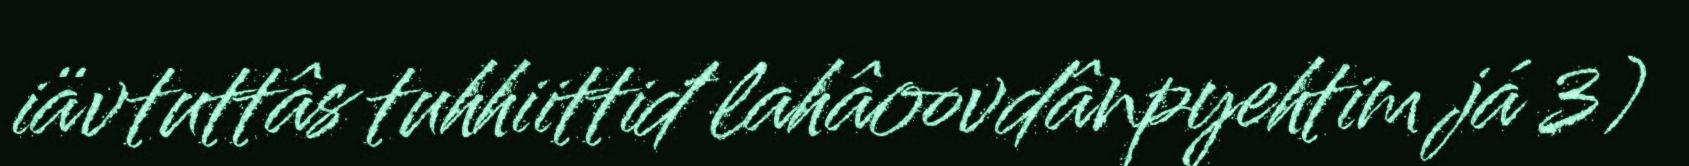
iävtuttâs tuhhiittiđ lahâoovdânpyehtim já 3)